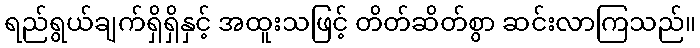
ရည်ရွယ်ချက်ရှိရှိနှင့် အထူးသဖြင့် တိတ်ဆိတ်စွာ ဆင်းလာကြသည်။